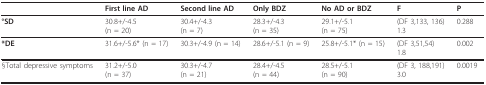
|  | First line AD | Second line AD | Only BDZ | No AD or BDZ | F | P |
 | --- | --- | --- | --- | --- | --- | --- |
 | °SD | 30.8+/-4.5(n = 20) | 30.4+/-4.3(n = 7) | 28.3+/-4.3(n = 35) | 29.1+/-5.1(n = 75) | (DF 3,133, 136)1.3 | 0.288 |
 | *DE | 31.6+/-5.6* (n = 17) | 30.3+/-4.9 (n = 14) | 28.6+/-5.1 (n = 9) | 25.8+/-5.1* (n = 15) | (DF 3,51,54)1.8 | 0.002 |
 | §Total depressive symptoms | 31.2+/-5.0(n = 37) | 30.3+/-4.7(n = 21) | 28.4+/-4.5(n = 44) | 28.5+/-5.1(n = 90) | (DF 3, 188,191)3.0 | 0.0019 |